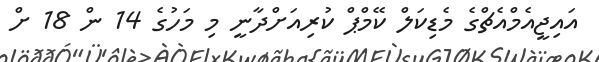
އައިޖީއެމްއެޗްގެ މެޑިކަލް ކޭމްޕް ކުރިއަށްދާނީ މި މަހުގެ 14 ން 18 ށް